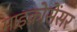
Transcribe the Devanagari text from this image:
माइक्रोसेंसर